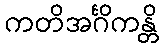
ကတိအင်္ဂိကန္တိ